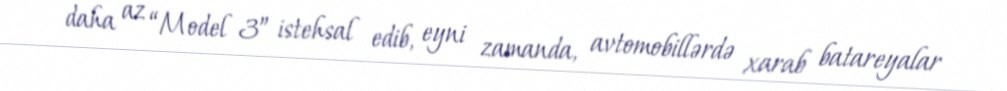
daha az “Model 3” istehsal edib, eyni zamanda, avtomobillərdə xarab batareyalar